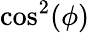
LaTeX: \cos^{2}(\phi)